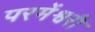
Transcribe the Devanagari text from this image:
परमेंश्वरी